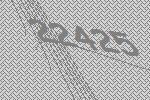
22425